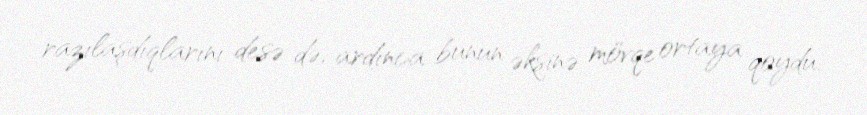
razılaşdıqlarını desə də, ardınca bunun əksinə mövqe ortaya qoydu.